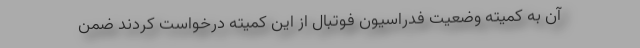
آن به کمیته وضعیت فدراسیون فوتبال از این کمیته درخواست کردند ضمن